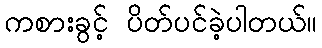
ကစားခွင့် ပိတ်ပင်ခဲ့ပါတယ်။